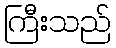
ကြီးသည်